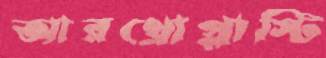
আরথ্রোপ্লাস্টি